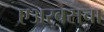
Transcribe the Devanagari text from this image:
एअरबसचा